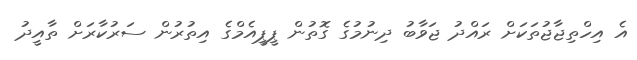
އެ އިހްތިޖާޖުތަކަށް ރައްދު ޖަވާބު ދިނުމުގެ ގޮތުން ޕީޕީއެމްގެ އިތުރުން ސަރުކާރަށް ތާއީދު